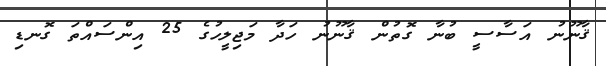
ޤާނޫނު އަސާސީ ބުނާ ގޮތުން ޤާނޫނު ހަދާ މަޖިލީހުގެ 25 އިންސައްތަ ގޮނޑި